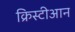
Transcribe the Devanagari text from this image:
क्रिस्टीआन